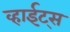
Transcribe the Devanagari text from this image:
व्हाईट्स